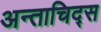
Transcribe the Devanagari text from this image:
अन्ताचिद्स